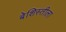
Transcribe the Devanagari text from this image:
बेशिस्तीला